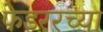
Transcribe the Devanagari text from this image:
फेडररच्या